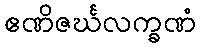
ဧဏိဇင်္ဃလက္ခဏံ